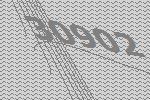
30902